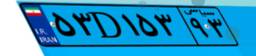
۵۳D۱۵۳۹۳